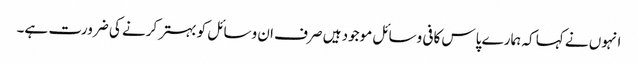
انہوں نے کہا کہ ہمارے پاس کافی وسائل موجود ہیں صرف ان وسائل کو بہتر کرنے کی ضرورت ہے۔